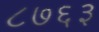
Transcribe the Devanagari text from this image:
८७६३